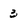
Character: 3